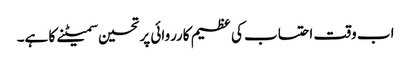
اب وقت احتساب کی عظیم کارروائی پر تحسین سمیٹنے کا ہے۔